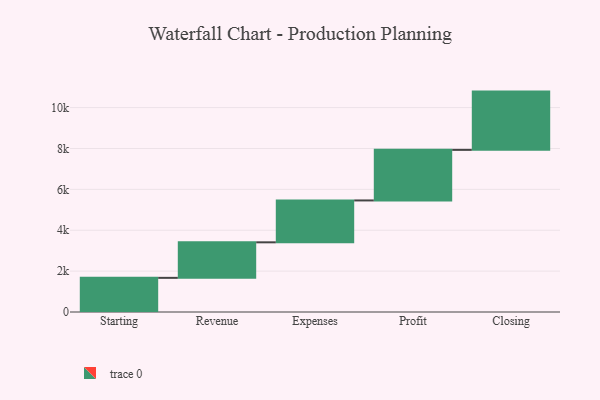
{"axis": {"x": "Step", "y": "Value"}, "legend": [""], "data": [{"x": "Starting", "y": 1671.0, "type": ""}, {"x": "Revenue", "y": 1738.0, "type": ""}, {"x": "Expenses", "y": 2049.0, "type": ""}, {"x": "Profit", "y": 2474.0, "type": ""}, {"x": "Closing", "y": 2851.0, "type": ""}]}